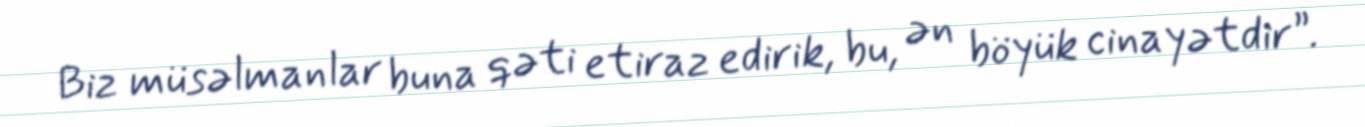
Biz müsəlmanlar buna qəti etiraz edirik, bu, ən böyük cinayətdir”.